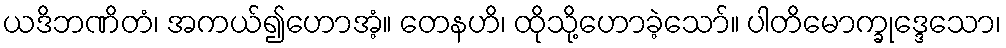
ယဒိဘဏိတံ၊ အကယ်၍ဟောအံ့။ တေနဟိ၊ ထိုသို့ဟောခဲ့သော်။ ပါတိမောက္ခုဒ္ဒေသော၊